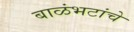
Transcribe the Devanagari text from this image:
बाळंभटांचे